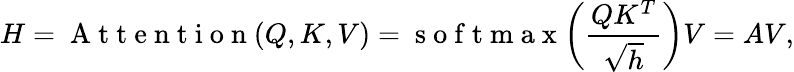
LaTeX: H=\mathrm{~A~t~t~e~n~t~i~o~n~}(Q,K,V)=\mathrm{~s~o~f~t~m~a~x~}\bigg(\frac{QK^{T}}{\sqrt{h}}\bigg)V=AV,